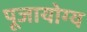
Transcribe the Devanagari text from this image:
पूजायोग्य